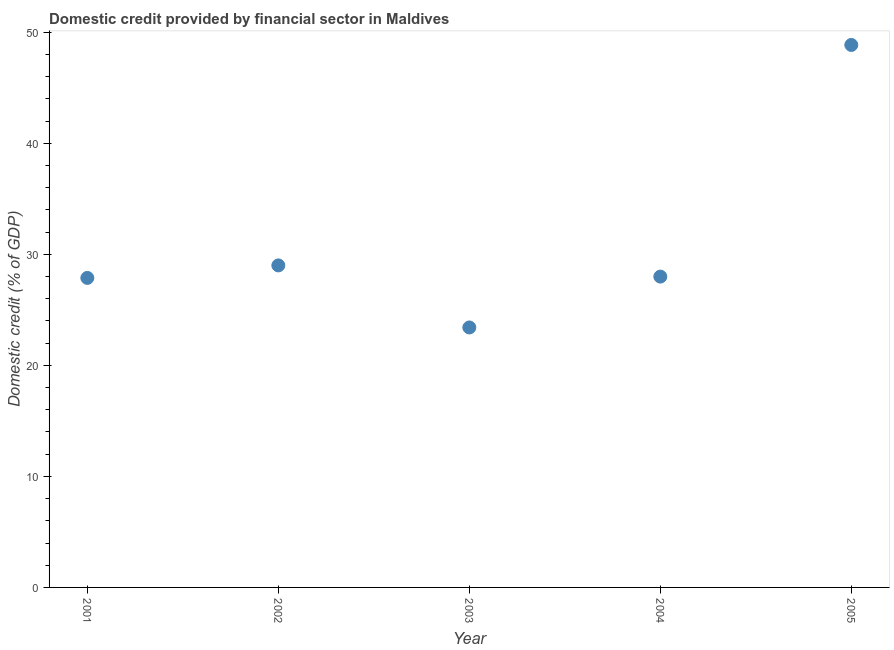
| Year | Domestic credit provided by financial sector |
 | --- | --- |
 | 2001 | 27.9 |
 | 2002 | 29 |
 | 2003 | 23.4 |
 | 2004 | 28 |
 | 2005 | 48.8 |